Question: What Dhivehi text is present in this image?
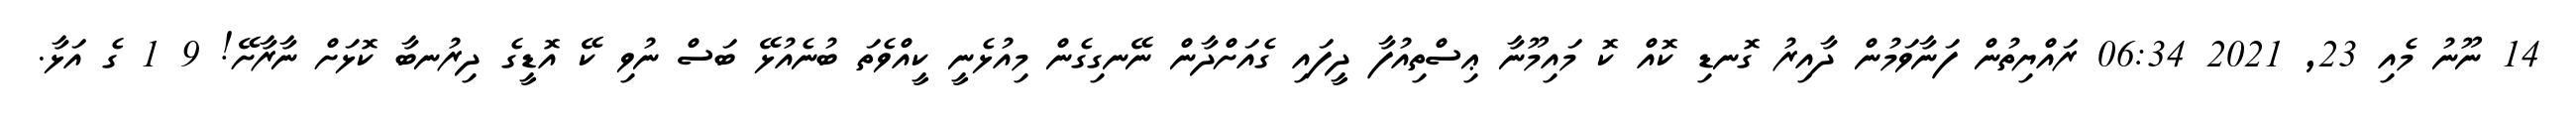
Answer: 14 ނޫނު މެއި 23, 2021 06:34 ރައްޔިތުން ފަނާވަމުން ދާއިރު ގޮނޑި ކޮއް ކޮ މައިމޫނާ ޢިސްތިއުފާ ދީފައި ގެއަށްދާން ނޭނގިގެން މިއުޅެނީ ކީއްވެތަ ބުނެއުޅޭ ބަސް ނުވި ކޭ އޮޑީގެ ދިރުނބާ ކޮޅަށް ނާރާށޭ! 9 1 ގެ އަޅާ.